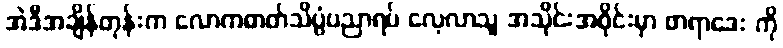
အဲဒီအချိန်တုန်းက လောကဓာတ်သိပ္ပံပညာရပ် လေ့လာသူ အသိုင်းအဝိုင်းမှာ ဖာရာဒေး ကို